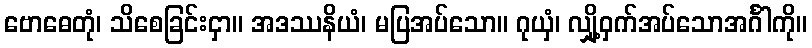
ဗောဓေတုံ၊ သိစေခြင်းငှာ။ အဒဿနိယံ၊ မပြအပ်သော။ ဂုယှံ၊ လျှို့ဝှက်အပ်သောအင်္ဂါကို။